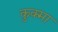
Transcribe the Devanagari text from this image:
कुक्मा